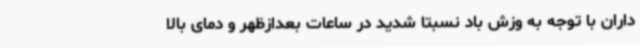
داران با توجه به وزش باد نسبتاً شدید در ساعات بعدازظهر و دمای بالا